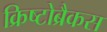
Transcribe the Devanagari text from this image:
क्रिष्टोब्रैकस